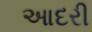
આદરી